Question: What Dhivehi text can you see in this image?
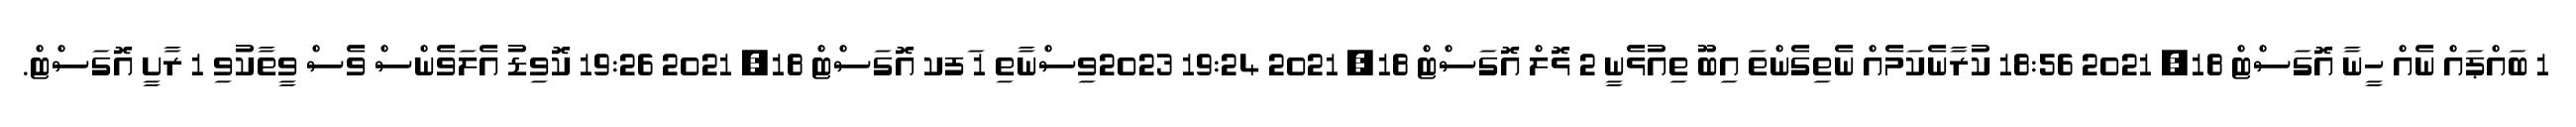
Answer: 1 ބައްޕައް ނެއް ހީނާ އޮގަސްޓް 18, 2021 18:56 ކުރާނެކަމެއް ނެތިގެންތަ އިބޫ ތިއުޅެނީ 2 ޅޮލް އޮގަސްޓް 18, 2021 19:24 2023ވިސްނާތި 1 ަފކ އޮގަސްޓް 18, 2021 19:26 ކޮވިޑު އެލަވެންސް ވެސް ވީތާކުވި 1 ރާށީ އޮގަސްޓް.